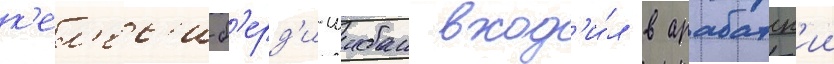
к'ел'ес'и-б'ерд'и-шибан вход'и́л в арабатск'ии